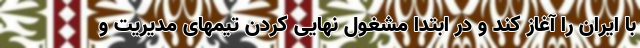
با ایران را آغاز کند و در ابتدا مشغول نهایی کردن تیمهای مدیریت و